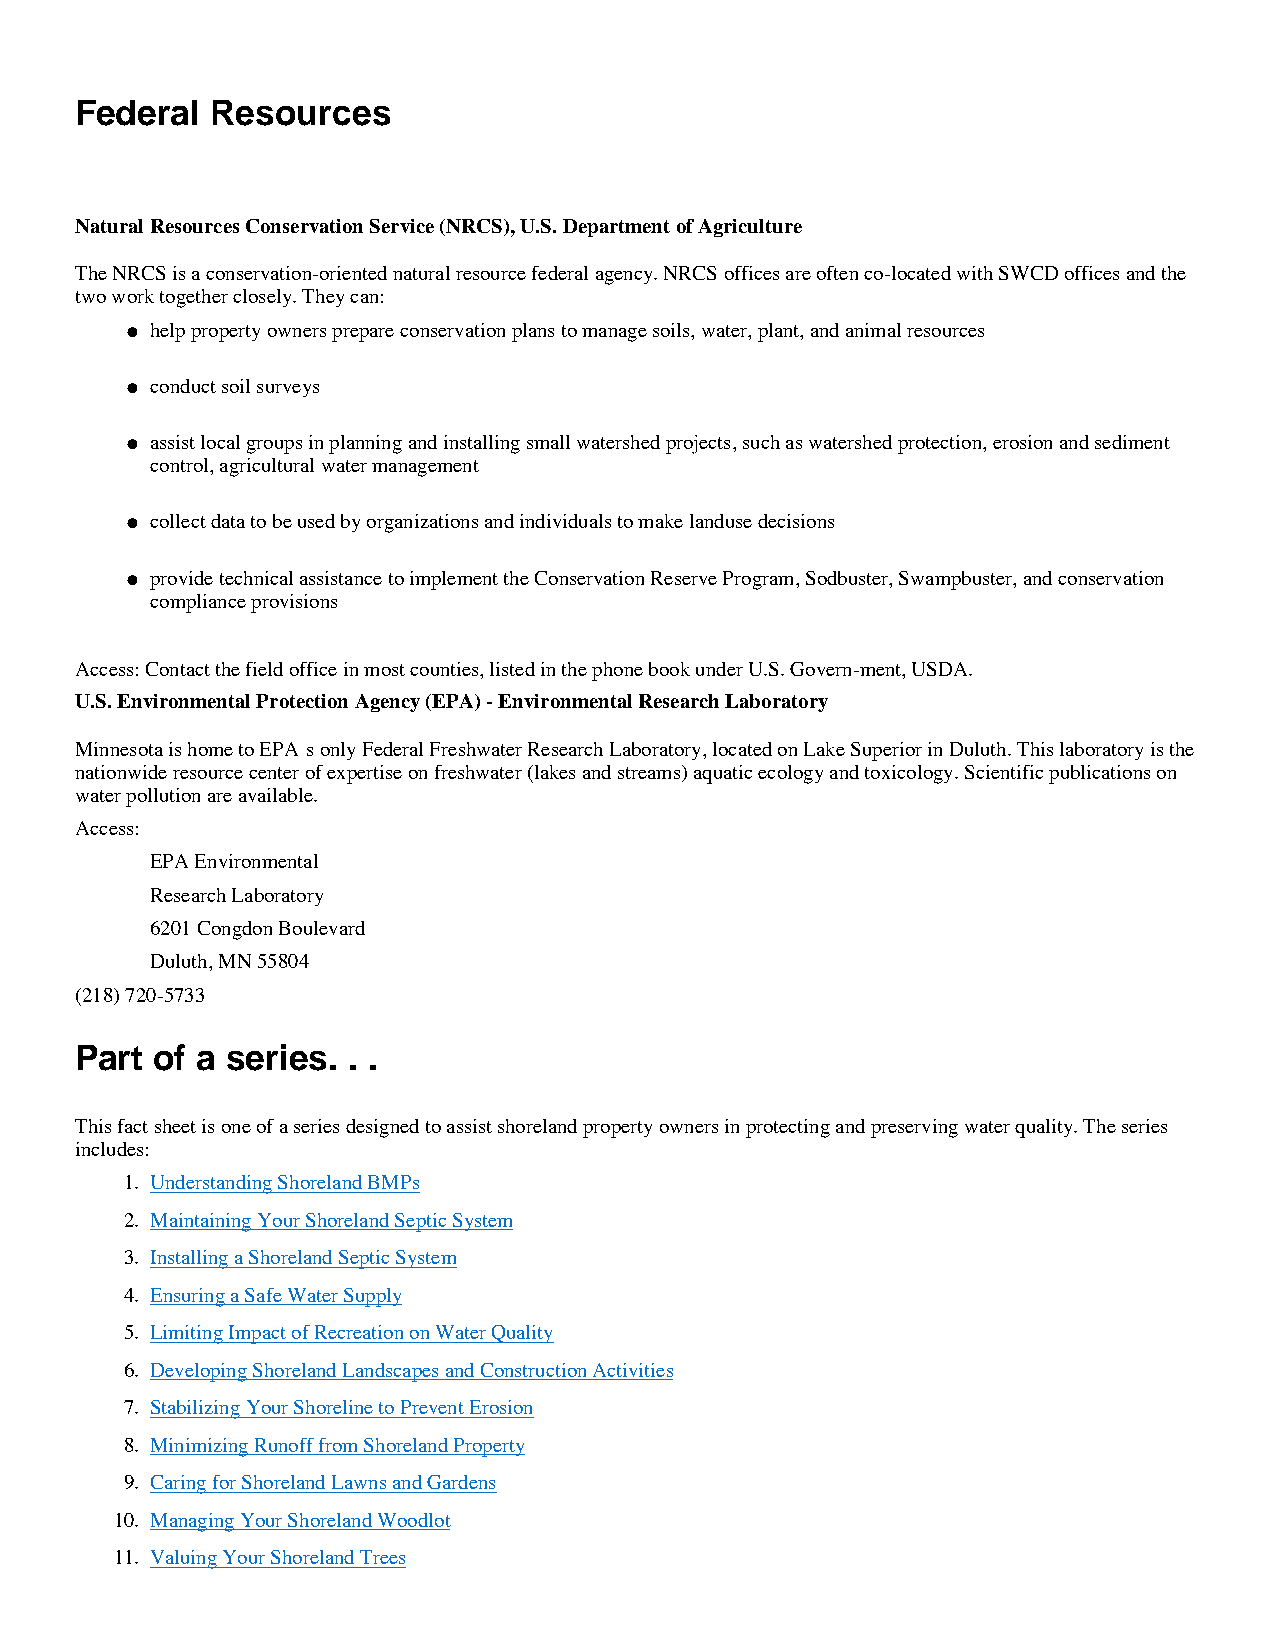
Federal  Resources
 Natural Resources Conservation Service (NRCS), U.S. Department of Agriculture
 The NRCS is a conservation-oriented natural resource federal agency. NRCS offices are often co-located with SWCD offices and the
 two work together closely. They can:
 help property owners prepare conservation plans to manage soils, water, plant, and animal resources
 l
 conduct soil surveys
 l
 assist local groups in planning and installing small watershed projects, such as watershed protection, erosion and sediment
 l
 control, agricultural water management
 collect data to be used by organizations and individuals to make landuse decisions
 l
 provide technical assistance to implement the Conservation Reserve Program, Sodbuster, Swampbuster, and conservation
 l
 compliance provisions
 Access: Contact the field office in most counties, listed in the phone book under U.S. Govern-ment, USDA.
 U.S. Environmental Protection Agency (EPA) - Environmental Research Laboratory
 Minnesota is home to EPAÕs only Federal Freshwater Research Laboratory, located on Lake Superior in Duluth. This laboratory is the
 nationwide resource center of expertise on freshwater (lakes and streams) aquatic ecology and toxicology. Scientific publications on
 water pollution are available.
 Access:
 EPA Environmental
 Research Laboratory
 6201 Congdon Boulevard
 Duluth, MN 55804
 (218) 720-5733
 Part of a series. . .
 This fact sheet is one of a series designed to assist shoreland property owners in protecting and preserving water quality. The series
 includes:
 1. Understanding Shoreland BMPs
 2. Maintaining Your Shoreland Septic System
 3. Installing a Shoreland Septic System
 4. Ensuring a Safe Water Supply
 5. Limiting Impact of Recreation on Water Quality
 6. Developing Shoreland Landscapes and Construction Activities
 7. Stabilizing Your Shoreline to Prevent Erosion
 8. Minimizing Runoff from Shoreland Property
 9. Caring for Shoreland Lawns and Gardens
 10. Managing Your Shoreland Woodlot
 11. Valuing Your Shoreland Trees